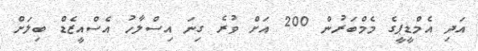
އަދި އެމްޑީޕީގެ މެމްބަރުން 200 އަށް ވުރެ ގިނަ އިސްލާހު އެސްއީޒެޑް ބިލަށް